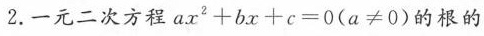
2.一元二次方程ax^{2}+bx+c=0(a≠0)的根的